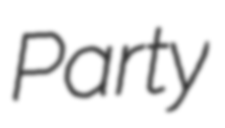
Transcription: Party